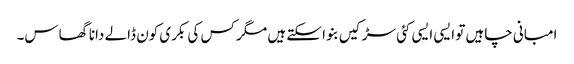
امبانی چاہیں تو ایسی ایسی کئی سڑکیں بنوا سکتے ہیں مگر کس کی بکری کون ڈالے دانا گھاس۔